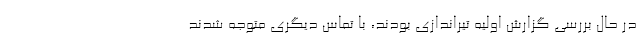
در حال بررسی گزارش اولیه تیراندازی بودند، با تماس دیگری متوجه شدند